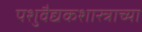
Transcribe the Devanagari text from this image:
पशुवैद्यकशास्त्राच्या